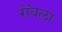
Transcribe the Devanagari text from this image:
रोंवला